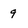
Character: 9